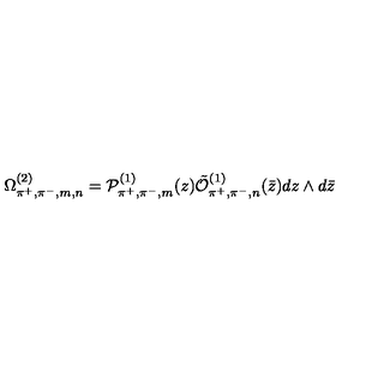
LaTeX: \Omega _ { \pi ^ { + } , \pi ^ { - } , m , n } ^ { ( 2 ) } = { \cal P } _ { \pi ^ { + } , \pi ^ { - } , m } ^ { ( 1 ) } ( z ) \tilde { \cal O } _ { \pi ^ { + } , \pi ^ { - } , n } ^ { ( 1 ) } ( \bar { z } ) d z \wedge d \bar { z }